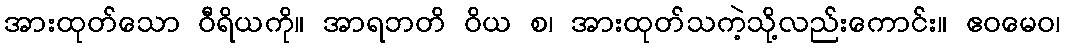
အားထုတ်သော ဝီရိယကို။ အာရဘတိ ဝိယ စ၊ အားထုတ်သကဲ့သို့လည်းကောင်း။ ဧဝမေဝ၊